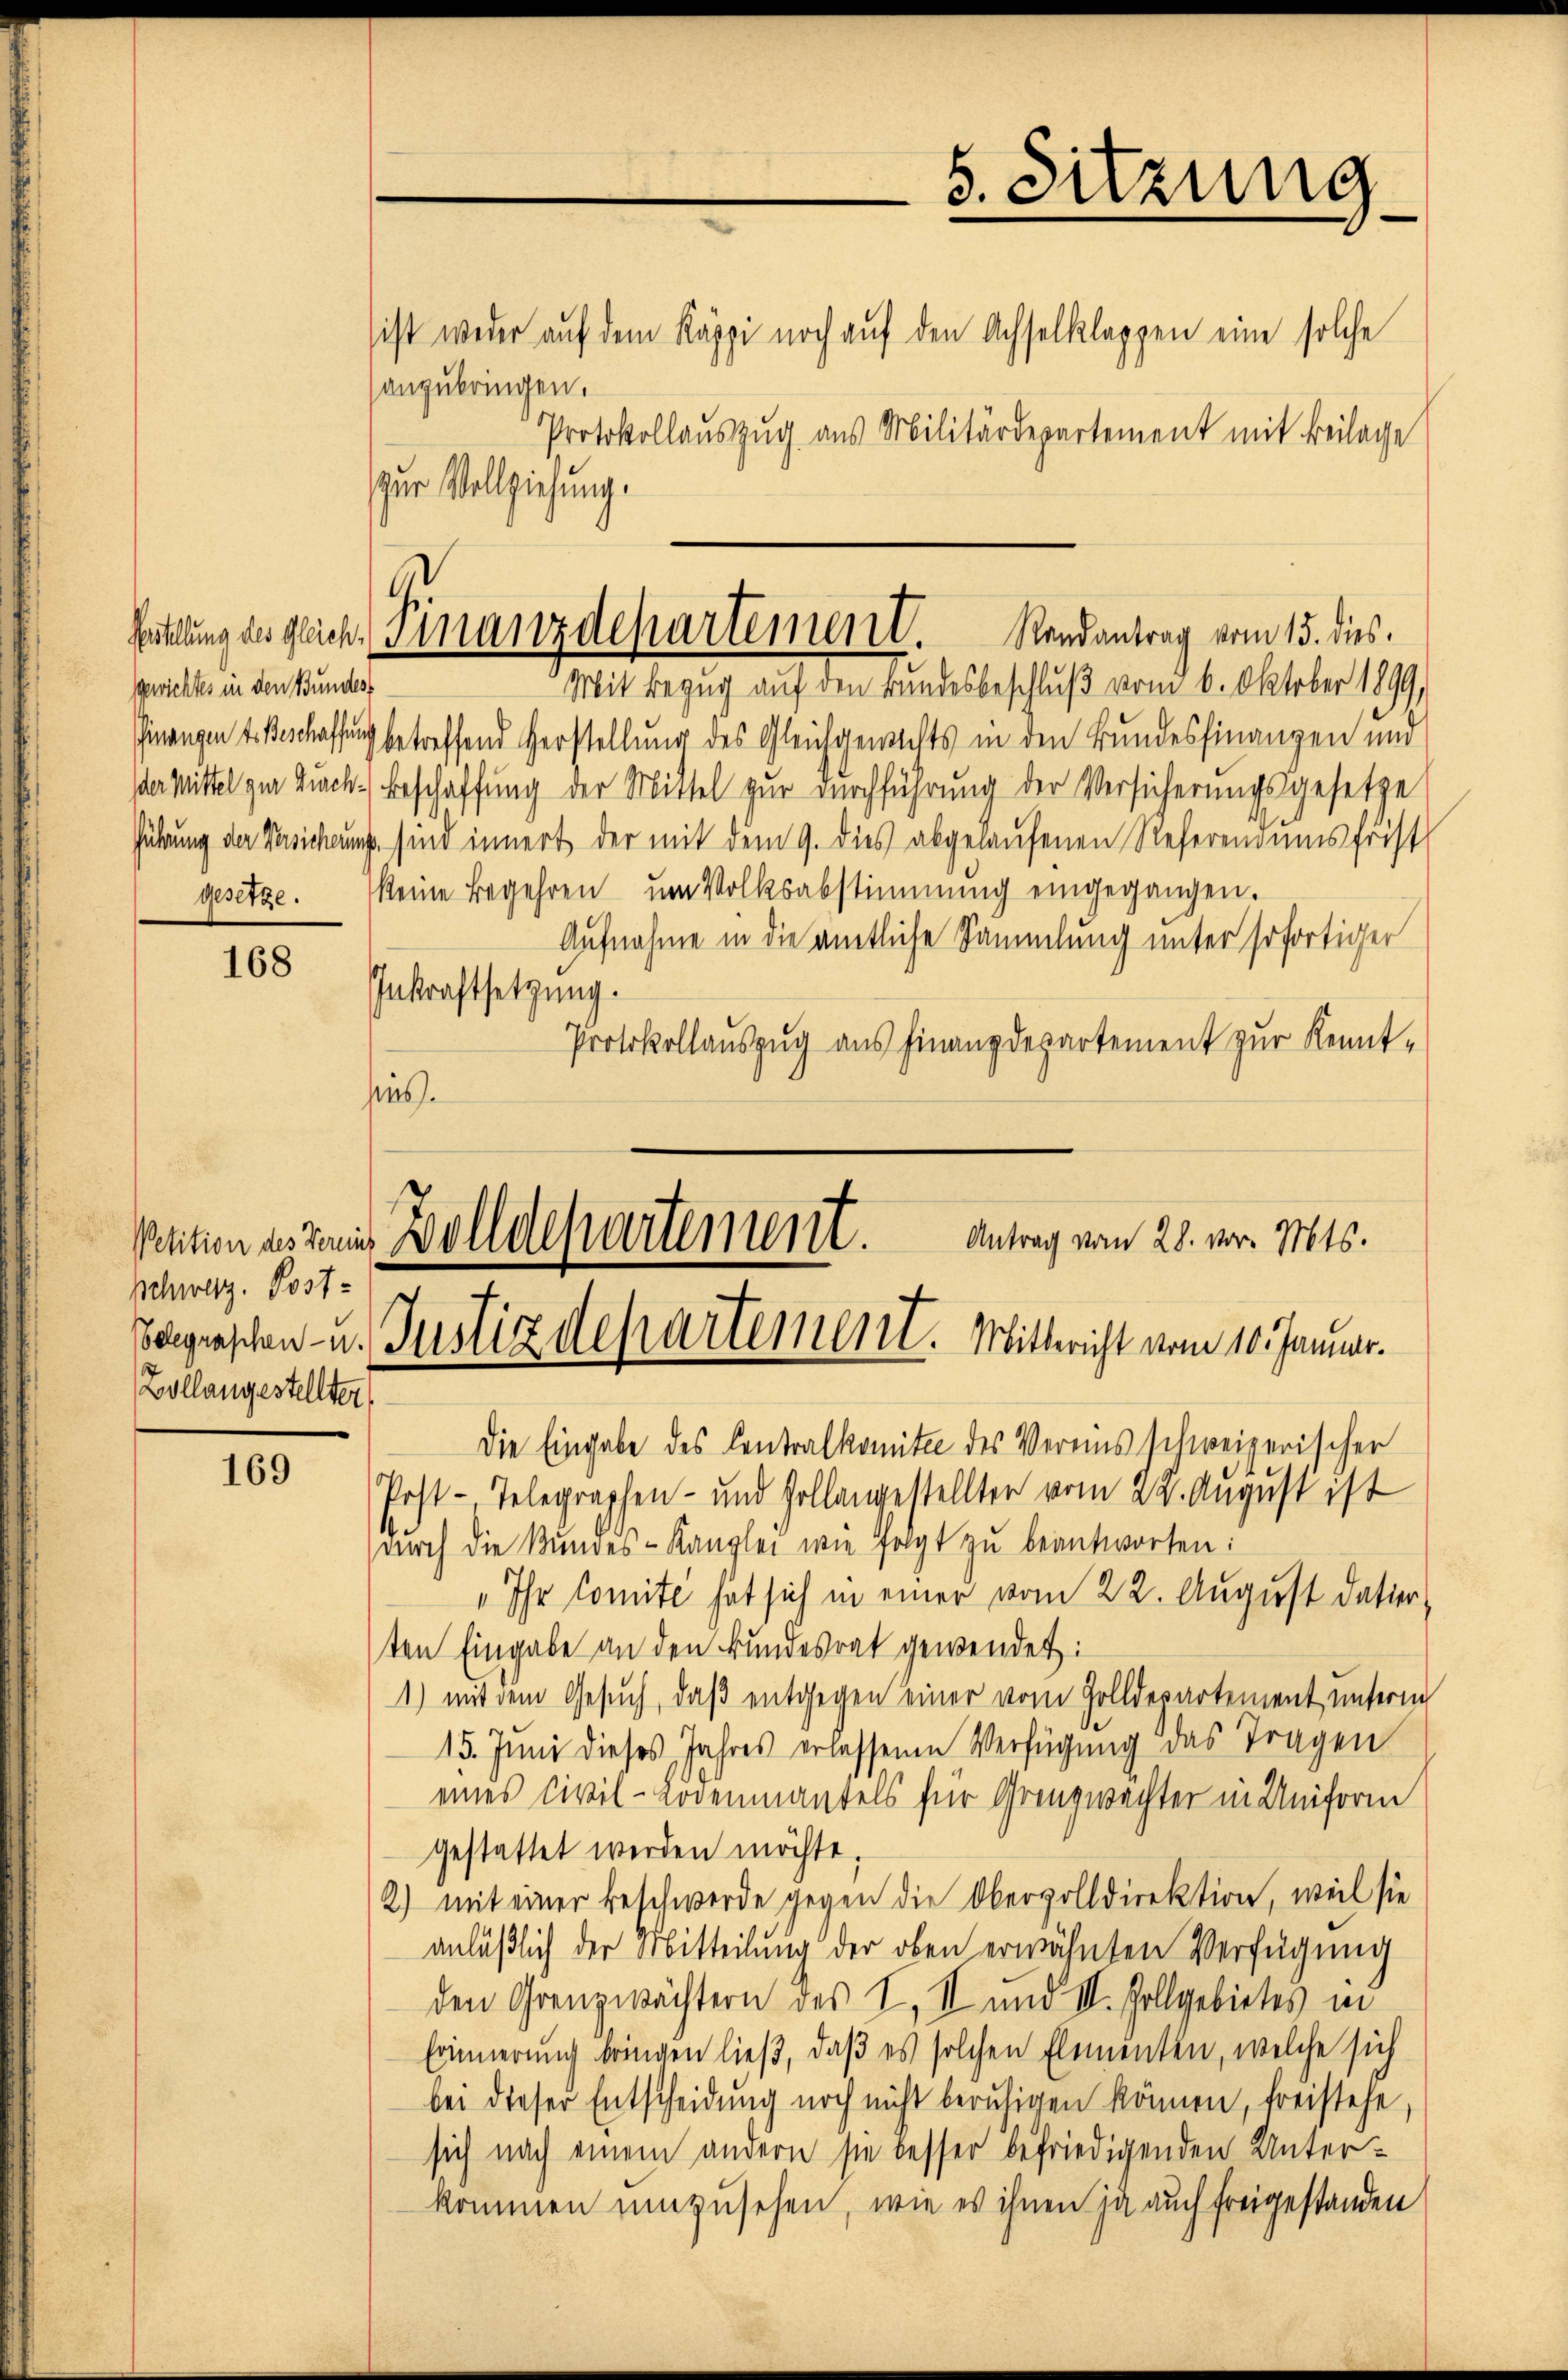
Gewichtes in den Bundes,

168

Petition des Vereich
schweiz. Post-
Zollangestellter

169

anzubringen.
zur Vollziehung.

Mit Bezug auf den Bandesbeschluß von 6. Oktober 1899,
Finanzen Beschaffung betreffend Verstellung des Gleichgewichts in den Bundesfinanzen und
Vermittel zur Zuck: Beschaffung der Mittel zur Durchführung der Versicherungsgesetze
führung der Versichtung sind innert der mit dem 9. dies abgelaufenen Referendumsfrist
gesetze. Meine Begehren ŭm Volksabstimmung eingegangen.
Aufnahme in die amtliche Sammlung unter sofortiger
Inkraftsetzung.
Protokollauszug aus Finanzdepartement zur Kennthius.

Heckelung des gleich Finanzdepartement. Randantrag vom 15. dies

5. Sitzung
sist weder auf dem Käppi noch auf den Achselklappen eine solche
Protokollauszug aus Militärdepartement mit Beilage

Bolldepartement.
Antrag vom 28. vor. Mts.
Schgraschen- u. Justizdepartement. Mittericht vom 10. Januar.

Die Eingabe des Centralkomitee des Vereins schweizerischer
Post-Telegraphen- und sollengestellten vom 29. August ist
durch die Kundes-Kanzlei wie folgt zu beantworten:
„Ihr Comite hat sich in einer vom 22. August datier
ten Eingabe an den Bundesrat gewendet:
1) mit dem Gesuch, daß entgegen einer vom Golldepartement unterm
15. Juni dieses Jahres erlessenen Verfügung das Tragen
eines Civil-Lödenmantels für Grenzwächter in Uniform
gestattet werden möchte.
2) mit einer Beschwerde gegen die Obervolldirektion, weil sie
anläßlich der Mitteilung der oben erwähnten Verfügung
den Grenzwächtern des I. III und II. Vollgebietes in
Erinnerung bringen ließ, daß es solchen Elementen, welche sich
bei dieser Entscheidung noch nicht beruhigen können, freistehe,
sich nach einem andern sie besser befriedigenden Unterkommen umzusehen, wie es ihnen ja auch freigestanden